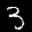
Label: 3